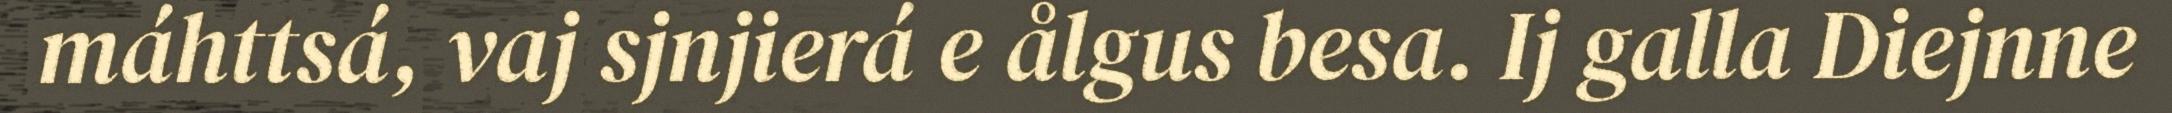
máhttsá, vaj sjnjierá e ålgus besa. Ij galla Diejnne